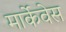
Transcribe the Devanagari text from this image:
मार्केवेस